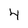
Character: 4